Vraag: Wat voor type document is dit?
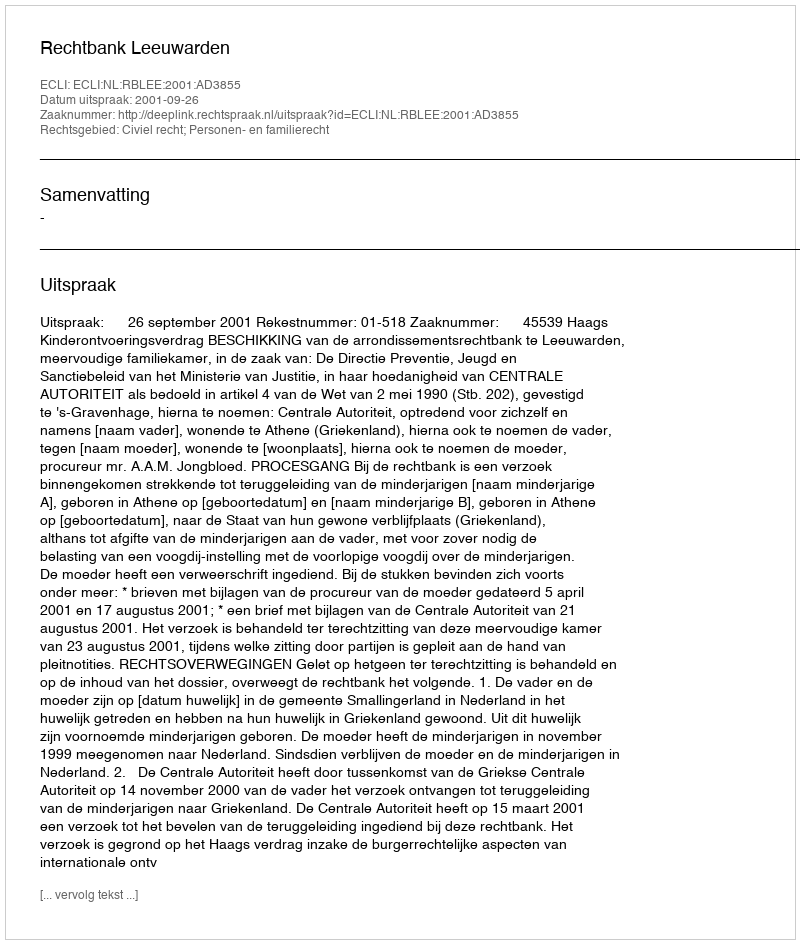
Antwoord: Uitspraak